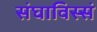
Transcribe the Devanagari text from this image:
संघाविस्सं